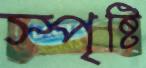
স্পৃষ্টি